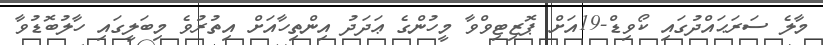
މާލެ ސަރަޙައްދުގައި ކޯވިޑް-19އަށް ޕޮޒިޓިވްވާ މީހުންގެ ޢަދަދު އިންތިހާއަށް އިތުރުވެ މިބަލީގައި ހާލުބޮޑުވާ